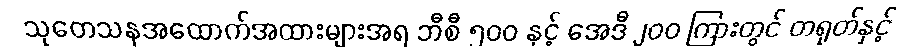
သုတေသနအထောက်အထားများအရ ဘီစီ ၅၀၀ နှင့် အေဒီ ၂၀၀ ကြားတွင် တရုတ်နှင့်